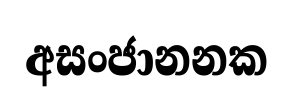
අසංජානනක